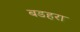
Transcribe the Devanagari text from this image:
बडहरा